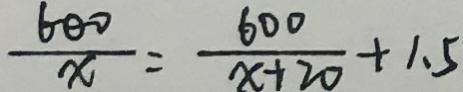
\frac { 6 0 0 } { x } = \frac { 6 0 0 } { x + 2 0 } + 1 . 5